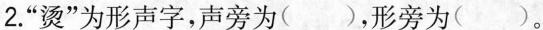
2.”烫”为形声字，声旁为( )，形旁为( )。